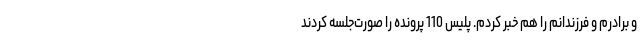
و برادرم و فرزندانم را هم خبر کردم. پلیس 110 پرونده را صورت‌جلسه کردند